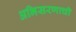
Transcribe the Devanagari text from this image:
अभिसरणाची